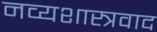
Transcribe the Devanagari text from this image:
नव्यशास्त्रवाद